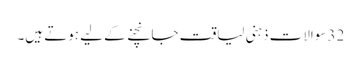
32 سوالات ذہنی لیاقت جانچنے کے لیے ہوتے ہیں۔